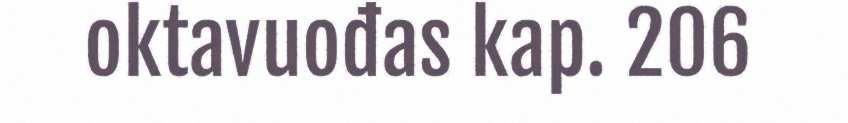
oktavuođas kap. 206